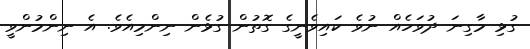
ގުޅި މާގިނަ ދުވަހެއް ނުވެ ކައިވެނީގެ ގޮތުން ގުޅެން ނިންމިއެވެ. އެ ނިންމުންވީ